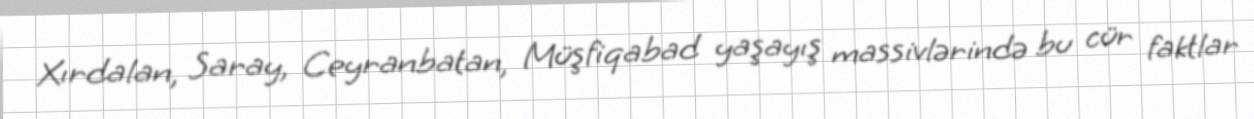
Xırdalan, Saray, Ceyranbatan, Müşfiqabad yaşayış massivlərində bu cür faktlar